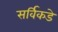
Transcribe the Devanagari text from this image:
सर्विकडे